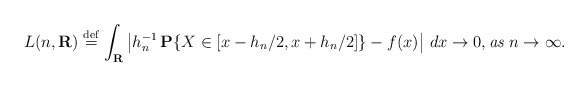
\begin{align*}L(n,{\bf R})\stackrel{\rm def}{=}\int_{{\bf R}}\left| h_{n}^{-1}\,{\bf P}\{X\in [x-h_{n}/2,x+h_{n}/2]\}-f(x)\right| \,dx\rightarrow 0,\mbox{{\it as} }n\rightarrow {\infty }. \end{align*}